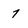
Character: 7